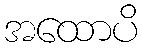
အထောပိ